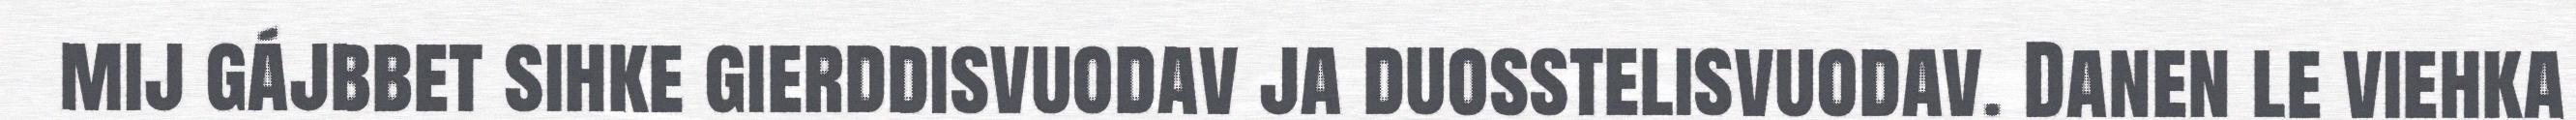
mij gájbbet sihke gierddisvuodav ja duosstelisvuodav. Danen le viehka